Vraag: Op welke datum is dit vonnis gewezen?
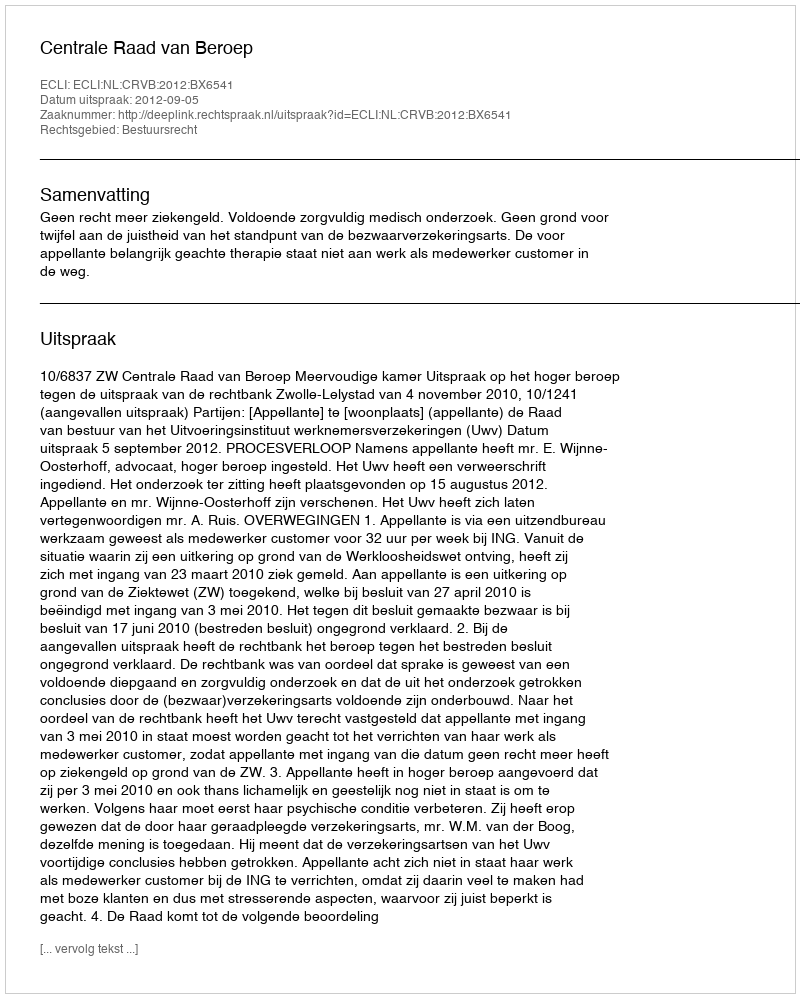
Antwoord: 2012-09-05